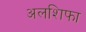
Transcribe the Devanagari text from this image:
अलशिफा